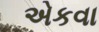
એકવા